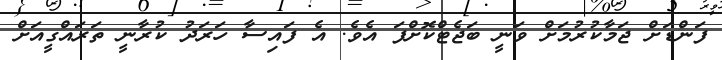
ފަންޑަށް ޖަމާކުރުމަށް ވަނީ ބަޖެޓްކޮށްފަ އެވެ. އެ ފައިސާ ހަރަދު ކުރާނީ ތަރައްގީއަށް